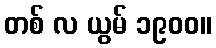
တစ် လ ယွမ် ၁၉၀၀။